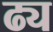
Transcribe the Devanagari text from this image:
ढ्य